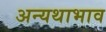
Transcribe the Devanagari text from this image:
अन्यथाभाव